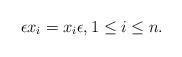
LaTeX: \begin{align*} \epsilon x_i = x_i \epsilon, 1 \leq i \leq n.\end{align*}